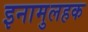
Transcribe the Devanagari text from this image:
इनामुलहक